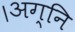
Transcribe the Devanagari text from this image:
।अग्नि